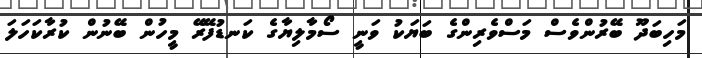
މަހިބަދޫ ބޭރުންވެސް މަސްވެރިންގެ ބަޔަކު ވަނީ ސޯމާލިޔާގެ ކަނޑުފޭރޭ މީހުން ބޭނުން ކުރާކަހަލަ